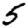
Digit: 5